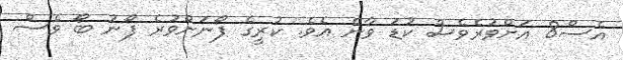
އެސް8 އަށްވުރެވެސް ކުޑަ ވާނެ އެވެ. ކުރީގެ ފޯނަށްވުރެ ފޯނު ބޯ ވެސް